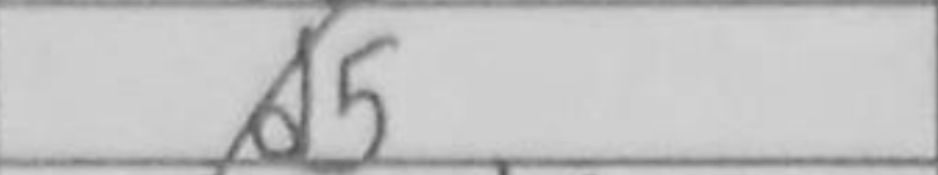
Transcription: d5